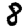
Digit: 8